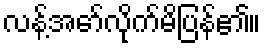
လန့်အော်လိုက်မိပြန်၏။